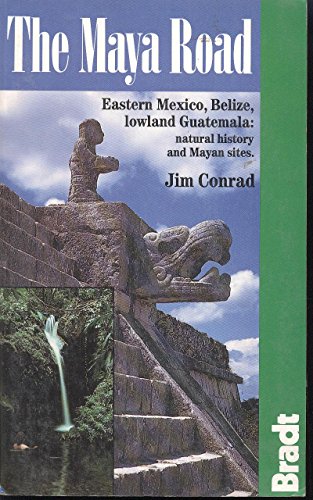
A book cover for The Maya Road: Eastern Mexico, Belize, Lowland Guatemala; Jim Conrad; Travel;